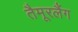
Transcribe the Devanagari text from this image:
तैमूरलैंग